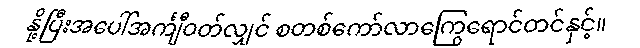
နို့ပြီးအပေါ်အင်္ကျီဝတ်လျှင် စတစ်ကော်လာကြွေရောင်တင်နှင့်။